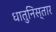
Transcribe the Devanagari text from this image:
धातुनिस्तार